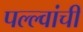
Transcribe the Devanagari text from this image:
पल्ल्वांची